Code of medical and sanitary regulations for the guidance of medical officers serving in the Madras Presidency - Volume II
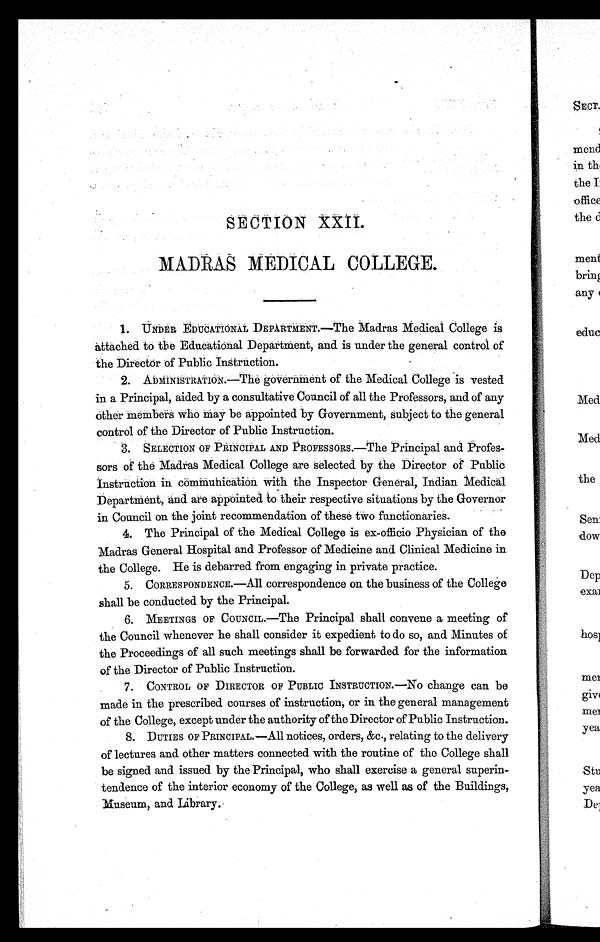
SECTION XXII.
MADRAS MEDICAL COLLEGE.
1.
UNDER EDUCATIONAL DEPARTMENT.—The Madras Medical College is
attached to the Educational Department, and is under the general control of
the Director of Public Instruction.
2. ADMINISTRATION.—The government of the Medical College is vested
in a Principal, aided by a consultative Council of all the Professors, and of any
other members who may be appointed by Government, subject to the general
control of the Director of Public Instruction.
3.
SELECTION OF PRINCIPAL AND PROFESSORS.—The Principal and Profes-
sors of the Madras Medical College are selected by the Director of Public
instruction in communication with the Inspector General, Indian Medical
Department, and are appointed to their respective situations by the Governor
in Council on the joint recommendation of these two functionaries.
4. The Principal of the Medical College is ex-officio Physician of the
Madras General Hospital and Professor of Medicine and Clinical Medicine in
the College. He is debarred from engaging in private practice.
5.
CORRESPONDENCE.—All correspondence on the business of the College
shall be conducted by the Principal.
6.
MEETINGS OF COUNCIL.—The Principal shall convene a meeting of
the Council whenever he shall consider it expedient to do so, and Minutes of
the Proceedings of all such meetings shall be forwarded for the information
of the Director of Public Instruction.
7.
CONTROL OF DIRECTOR OF PUBLIC INSTRUCTION.—No change can be
made in the prescribed courses of instruction, or in the general management
of the College, except under the authority of the Director of Public Instruction.
8.
DUTIES OF PRINCIPAL—All notices, orders, &c., relating to the delivery
of lectures and other matters connected with the routine of the College shall
be signed and issued by the Principal, who shall exercise a general superin-
tendence of the interior economy of the College, as well as of the Buildings,
Museum, and Library.